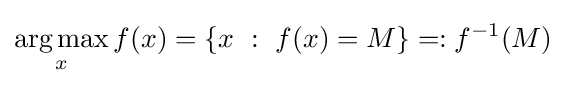
{\underset {x}{\operatorname {arg\,max} }}\,f(x)=\{x~:~f(x)=M\}=:f^{-1}(M)